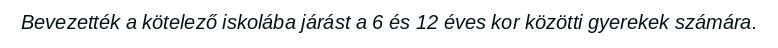
Bevezették a kötelező iskolába járást a 6 és 12 éves kor közötti gyerekek számára.